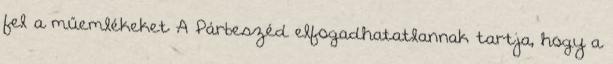
fel a műemlékeket A Párbeszéd elfogadhatatlannak tartja, hogy a